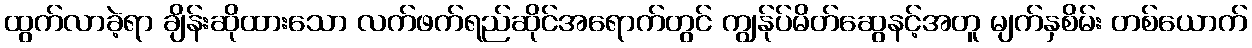
ထွက်လာခဲ့ရာ ချိန်းဆိုထားသော လက်ဖက်ရည်ဆိုင်အရောက်တွင် ကျွန်ုပ်မိတ်ဆွေနင့်အတူ မျက်နှစိမ်း တစ်ယောက်